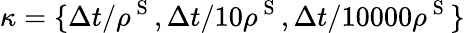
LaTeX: \kappa=\{ \Delta t/\rho^{\mathrm{~S~}},\Delta t/10\rho^{\mathrm{~S~}},\Delta t/10000\rho^{\mathrm{~S~}}\}